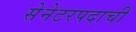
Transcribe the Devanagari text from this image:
सेनेटरपदाची